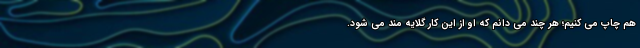
هم چاپ می کنیم؛ هر چند می دانم که او از این کار گلایه مند می شود.